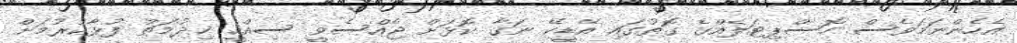
އެހެންނަމަވެސް ހޮސްޕިޓަލެއްގެ ގޮތުގައި އޭޑީކޭ ނަގާ ކޮޅަށް ޖެއްސެވީ ސިއްހީ ޚިދުމަތް ފުޅާކުރުމަށް